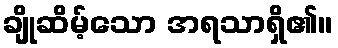
ချိုဆိမ့်သော အရသာရှိ၏။